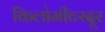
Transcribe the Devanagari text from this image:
किलोमीटरदूर